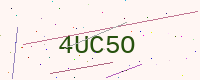
Text: 4UC5O